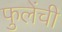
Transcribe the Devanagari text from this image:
फुलेंची